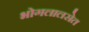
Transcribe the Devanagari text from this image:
भोगलालसेत